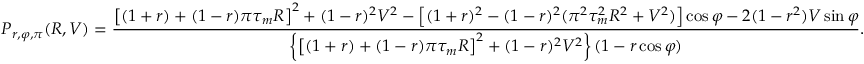
P _ { r , \varphi , \pi } ( R , V ) = \frac { \left[ ( 1 + r ) + ( 1 - r ) \pi \tau _ { m } R \right] ^ { 2 } + ( 1 - r ) ^ { 2 } V ^ { 2 } - \left[ ( 1 + r ) ^ { 2 } - ( 1 - r ) ^ { 2 } ( \pi ^ { 2 } \tau _ { m } ^ { 2 } R ^ { 2 } + V ^ { 2 } ) \right] \cos \varphi - 2 ( 1 - r ^ { 2 } ) V \sin \varphi } { \left\{ \left[ ( 1 + r ) + ( 1 - r ) \pi \tau _ { m } R \right] ^ { 2 } + ( 1 - r ) ^ { 2 } V ^ { 2 } \right\} ( 1 - r \cos \varphi ) } .